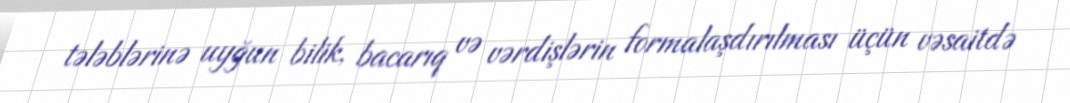
tələblərinə uyğun bilik, bacarıq və vərdişlərin formalaşdırılması üçün vəsaitdə